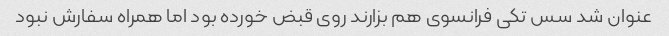
عنوان شد سس تکی فرانسوی هم بزارند روی قبض خورده بود اما همراه سفارش نبود